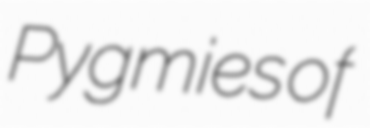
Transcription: Pygmies of